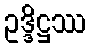
ဥဒ္ဒိဋ္ဌဿ